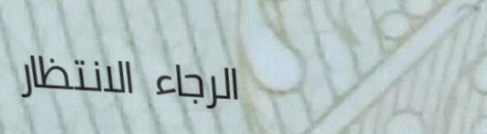
الرجاء الانتظار